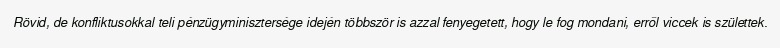
Rövid, de konfliktusokkal teli pénzügyminisztersége idején többször is azzal fenyegetett, hogy le fog mondani, erről viccek is születtek.